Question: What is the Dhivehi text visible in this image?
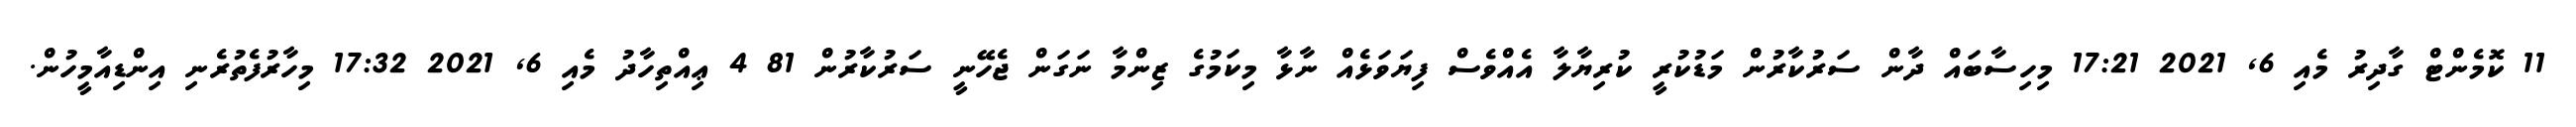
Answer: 11 ކޮމެންޓް ގާދިރު މެއި 6, 2021 17:21 މިހިސާބައް ދާން ސަރުކާރުން މަޑުކުރީ ކުރިޔާލާ އެއްވެސް ފިޔަވަޅެއް ނާޅާ މިކަމުގެ ޒިންމާ ނަގަން ޖެހޭނީ ސަރުކާރުން 81 4 ޢިއްތިހާދު މެއި 6, 2021 17:32 މިހާރުފެތުރެނި އިންޑިއާމީހުން.